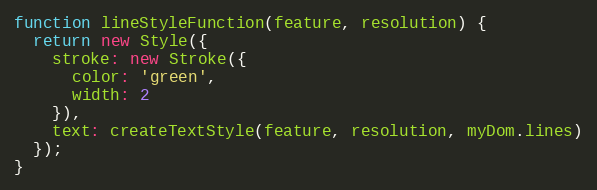
Language: JavaScript
function lineStyleFunction(feature, resolution) {
  return new Style({
    stroke: new Stroke({
      color: 'green',
      width: 2
    }),
    text: createTextStyle(feature, resolution, myDom.lines)
  });
}